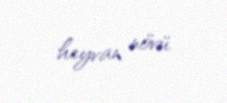
heyvan növü.